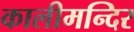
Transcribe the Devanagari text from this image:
कालीमन्दिर